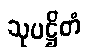
သုပဋ္ဌိတံ